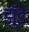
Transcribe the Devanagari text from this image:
झुँड